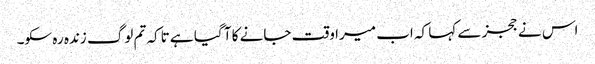
اس نے ججز سے کہا کہ اب میرا وقت جانے کا آ گیا ہے تاکہ تم لوگ زندہ رہ سکو۔